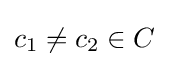
c_{1}\neq c_{2}\in C